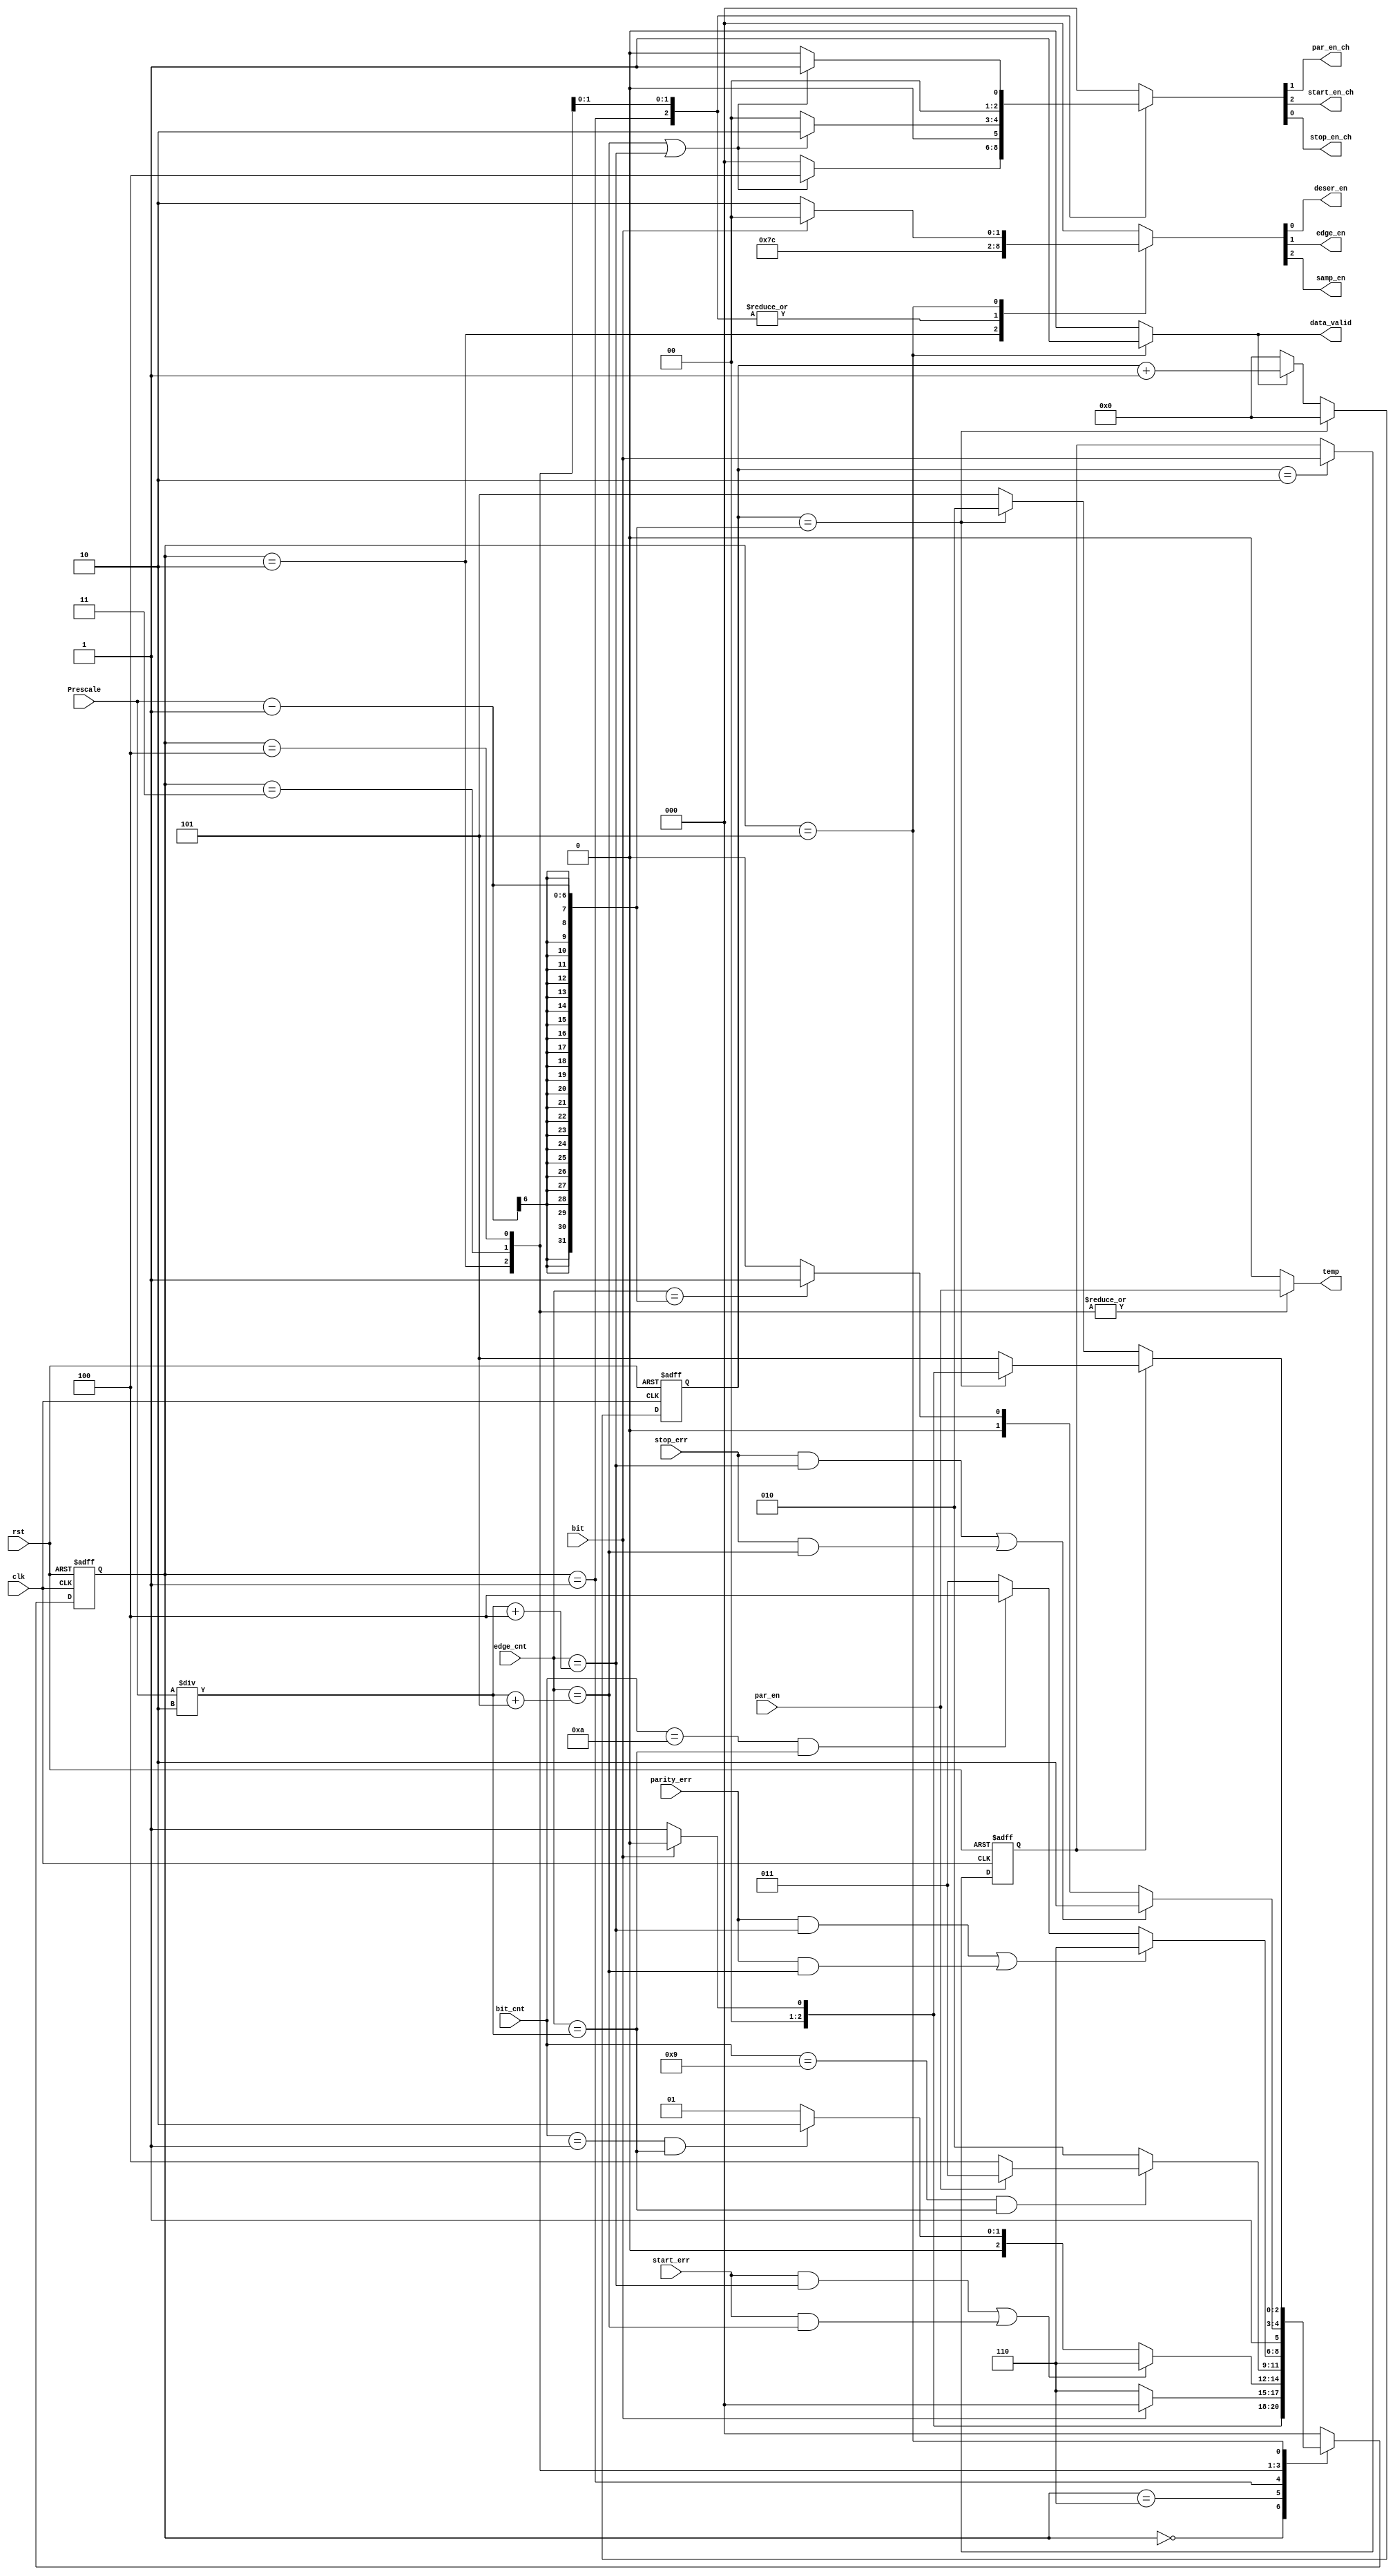
module fsmRX (
 input clk, rst,
 input par_en,
 input bit,
 input [3:0] bit_cnt, 
 input [4:0] edge_cnt,
 input stop_err,
 input start_err,
 input parity_err,
 input [5:0] Prescale,
 output reg par_en_ch,
 output reg start_en_ch,
 output reg stop_en_ch,
 output reg deser_en,
 output reg data_valid,
 output reg edge_en,
 output reg samp_en,
 output reg temp
 );
 
 localparam         idle  = 3'b000 ,
                    start = 3'b001 ,                    
                    data = 3'b010 ,
                    parity = 3'b011 ,
                    stop = 3'b100 ,
                    completion = 3'b101,
                    error = 3'b110;
 
 reg [2:0] current_state, next_state;
 reg [2:0] EN, CHECK, ERR;
 reg en, temp2;
 reg [4:0] count;
 
 always @ (*)
  begin
   {samp_en,edge_en,deser_en} = EN;
   {start_en_ch,par_en_ch,stop_en_ch} = CHECK;
   ERR = {start_err,parity_err,stop_err};
  end
    
always @ (*)
 begin
   case (current_state)
     error:
      begin
        data_valid = 0;
        CHECK = 3'b000;
        EN = 3'b000; 
        en = 0;
        temp = 0;
      end
     idle: 
      begin
        data_valid = 0;
        CHECK = 3'b000;
        EN = 3'b000; 
        en = 0;
        temp = 0;
      end
     start: 
      begin
        data_valid = 0;
        if ((edge_cnt == ((Prescale/2) + 5)) | (edge_cnt == ((Prescale/2) + 4)))
        CHECK = 3'b100;
        else
        CHECK = 0;
        EN = 3'b110;
        en = 0;
        temp = 0;
      end
     data:
      begin
        data_valid = 0;
        CHECK = 3'b000;
        EN = 3'b111;
        en = 0;
        temp = par_en;
      end 
     parity:
      begin
        data_valid = 0;
        if ((edge_cnt == ((Prescale/2) + 5)) | (edge_cnt == ((Prescale/2) + 4)))
        CHECK = 3'b010;
        else
        CHECK = 0;
        EN = 3'b110;
        en = 0;
        temp = par_en;
      end 
     stop:
      begin
        data_valid = 0;
        if ((edge_cnt == ((Prescale/2) + 5)) | (edge_cnt == ((Prescale/2) + 4)))
        CHECK = 3'b001;
        else
        CHECK = 0;
        EN = 3'b110;
        en = 0;
        temp = par_en;
      end 
      completion:
       begin
        en = 1;
        data_valid = 1;
        CHECK = 3'b000;
        temp = 0;
        if (!bit)
         EN = 3'b010;
        else
         EN = 3'b000;
       end
     default:
      begin
        data_valid = 0;
        CHECK = 3'b000;
        EN = 3'b000;
        en = 0;
        temp = 0;
      end
   endcase
 end
 
 always @ (posedge clk , negedge rst)
   begin
     
    if (!rst)
     begin
      current_state <= idle;
     end
     
    else
      current_state <= next_state;
    
   end
   
 always @ (*)
  begin

   case (current_state)
    idle: 
      begin
        if (!bit)
         next_state = start;
       else
         next_state = idle;
       end
     
    error:
     begin
      if(bit)
       next_state = idle;
      else
        next_state = error;
      end
      
    start:
     begin
       
      if ((ERR[2] && (edge_cnt == ((Prescale/2) + 4)))  | (ERR[2] && (edge_cnt == ((Prescale/2) + 5))) )
       next_state = error;
       
      else
       begin
         if ((bit_cnt == 4'b0001) && (edge_cnt == (Prescale/2)))
           next_state = data;
         else
           next_state = start;
       end
       
     end
     
    data:
     begin
       if ((bit_cnt == 4'b1001) && (edge_cnt == (Prescale/2)))
          begin
             
            if (par_en)
             next_state = parity;
            else
             next_state = stop;
             
          end
        
       else
         next_state = data;
          
       end
     
    parity:
     begin
       
      if ((ERR[1] && (edge_cnt == ((Prescale/2) + 4)))  | (ERR[1] && (edge_cnt == ((Prescale/2) + 5))) )
       next_state = error;
       
      else
       begin
         if ((bit_cnt == 4'b1010) && (edge_cnt == (Prescale/2)))
           next_state = stop;
         else
           next_state = parity;
       end
       
     end 
    
    stop:
     begin
      
      if ((ERR[0] && (edge_cnt == ((Prescale/2) + 4)))  | (ERR[0] && (edge_cnt == ((Prescale/2) + 5))) )
       next_state = error;
       
      else 
        begin
         if (edge_cnt == (Prescale - 1))
           next_state = completion;
         else
          next_state = stop;       
        end
     end
     
     completion:
      begin
            
        if (!temp2)
         begin
          if(count == (Prescale - 1))
           next_state = data;
         else
           next_state = completion;
           
         end
         
       else 
       begin
        if(count == (Prescale - 1)) 
          begin
           if(bit)          
            next_state = idle;  
           else
            next_state = start; 
          end  
         else
           next_state = completion;
        end
        
      end
         
     
     default: next_state = idle;
          
  endcase
  
 end     
 
 always @ (posedge clk , negedge rst)
  begin
    
    if (!rst)
     begin
       count <= 0;
     end
     
     
    else if (count == (Prescale - 1))
     begin
       count <= 0;
     end
     
    else if (en)
     begin
       count <= count + 1;
     end
     
   else
     count <= 0;
   
 end
 
 always @ (posedge clk , negedge rst)
  begin
    
    if (!rst)
     begin
       temp2 <= 0;
     end
     
    else if(count == 2)
      temp2 <= bit;
      
  end
   
endmodule